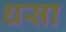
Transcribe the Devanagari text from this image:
धसा